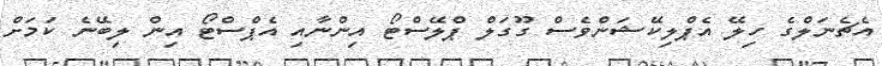
އެޗެނަލްގެ ހިލޭ އެޕްލިކޭޝަންވެސް ގޫގަލް ޕްލޭސްޓޯ އިންނާއި އެޕްސްޓޯ އިން ލިބޭނެ ކަމަށް